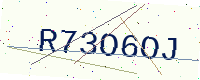
Text: R73O6OJ